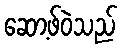
ဆော့ဖ်ဝဲသည်